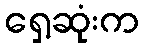
ရှေ့ဆုံးက